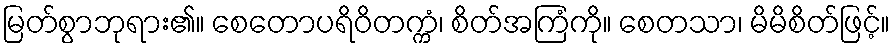
မြတ်စွာဘုရား၏။ စေတောပရိဝိတက္ကံ၊ စိတ်အကြံကို။ စေတသာ၊ မိမိစိတ်ဖြင့်။